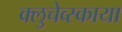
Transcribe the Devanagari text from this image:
क्लुचेव्स्काया